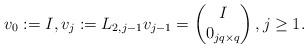
LaTeX: \begin{align*} v_{0}:=I, v_{j}:= L_{2,j-1} v_{j-1} = \begin{pmatrix} I \\ 0_{jq\times q} \end{pmatrix}, j\geq1. \end{align*}